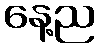
နေ့ည